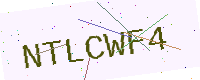
Text: NTLCWF4